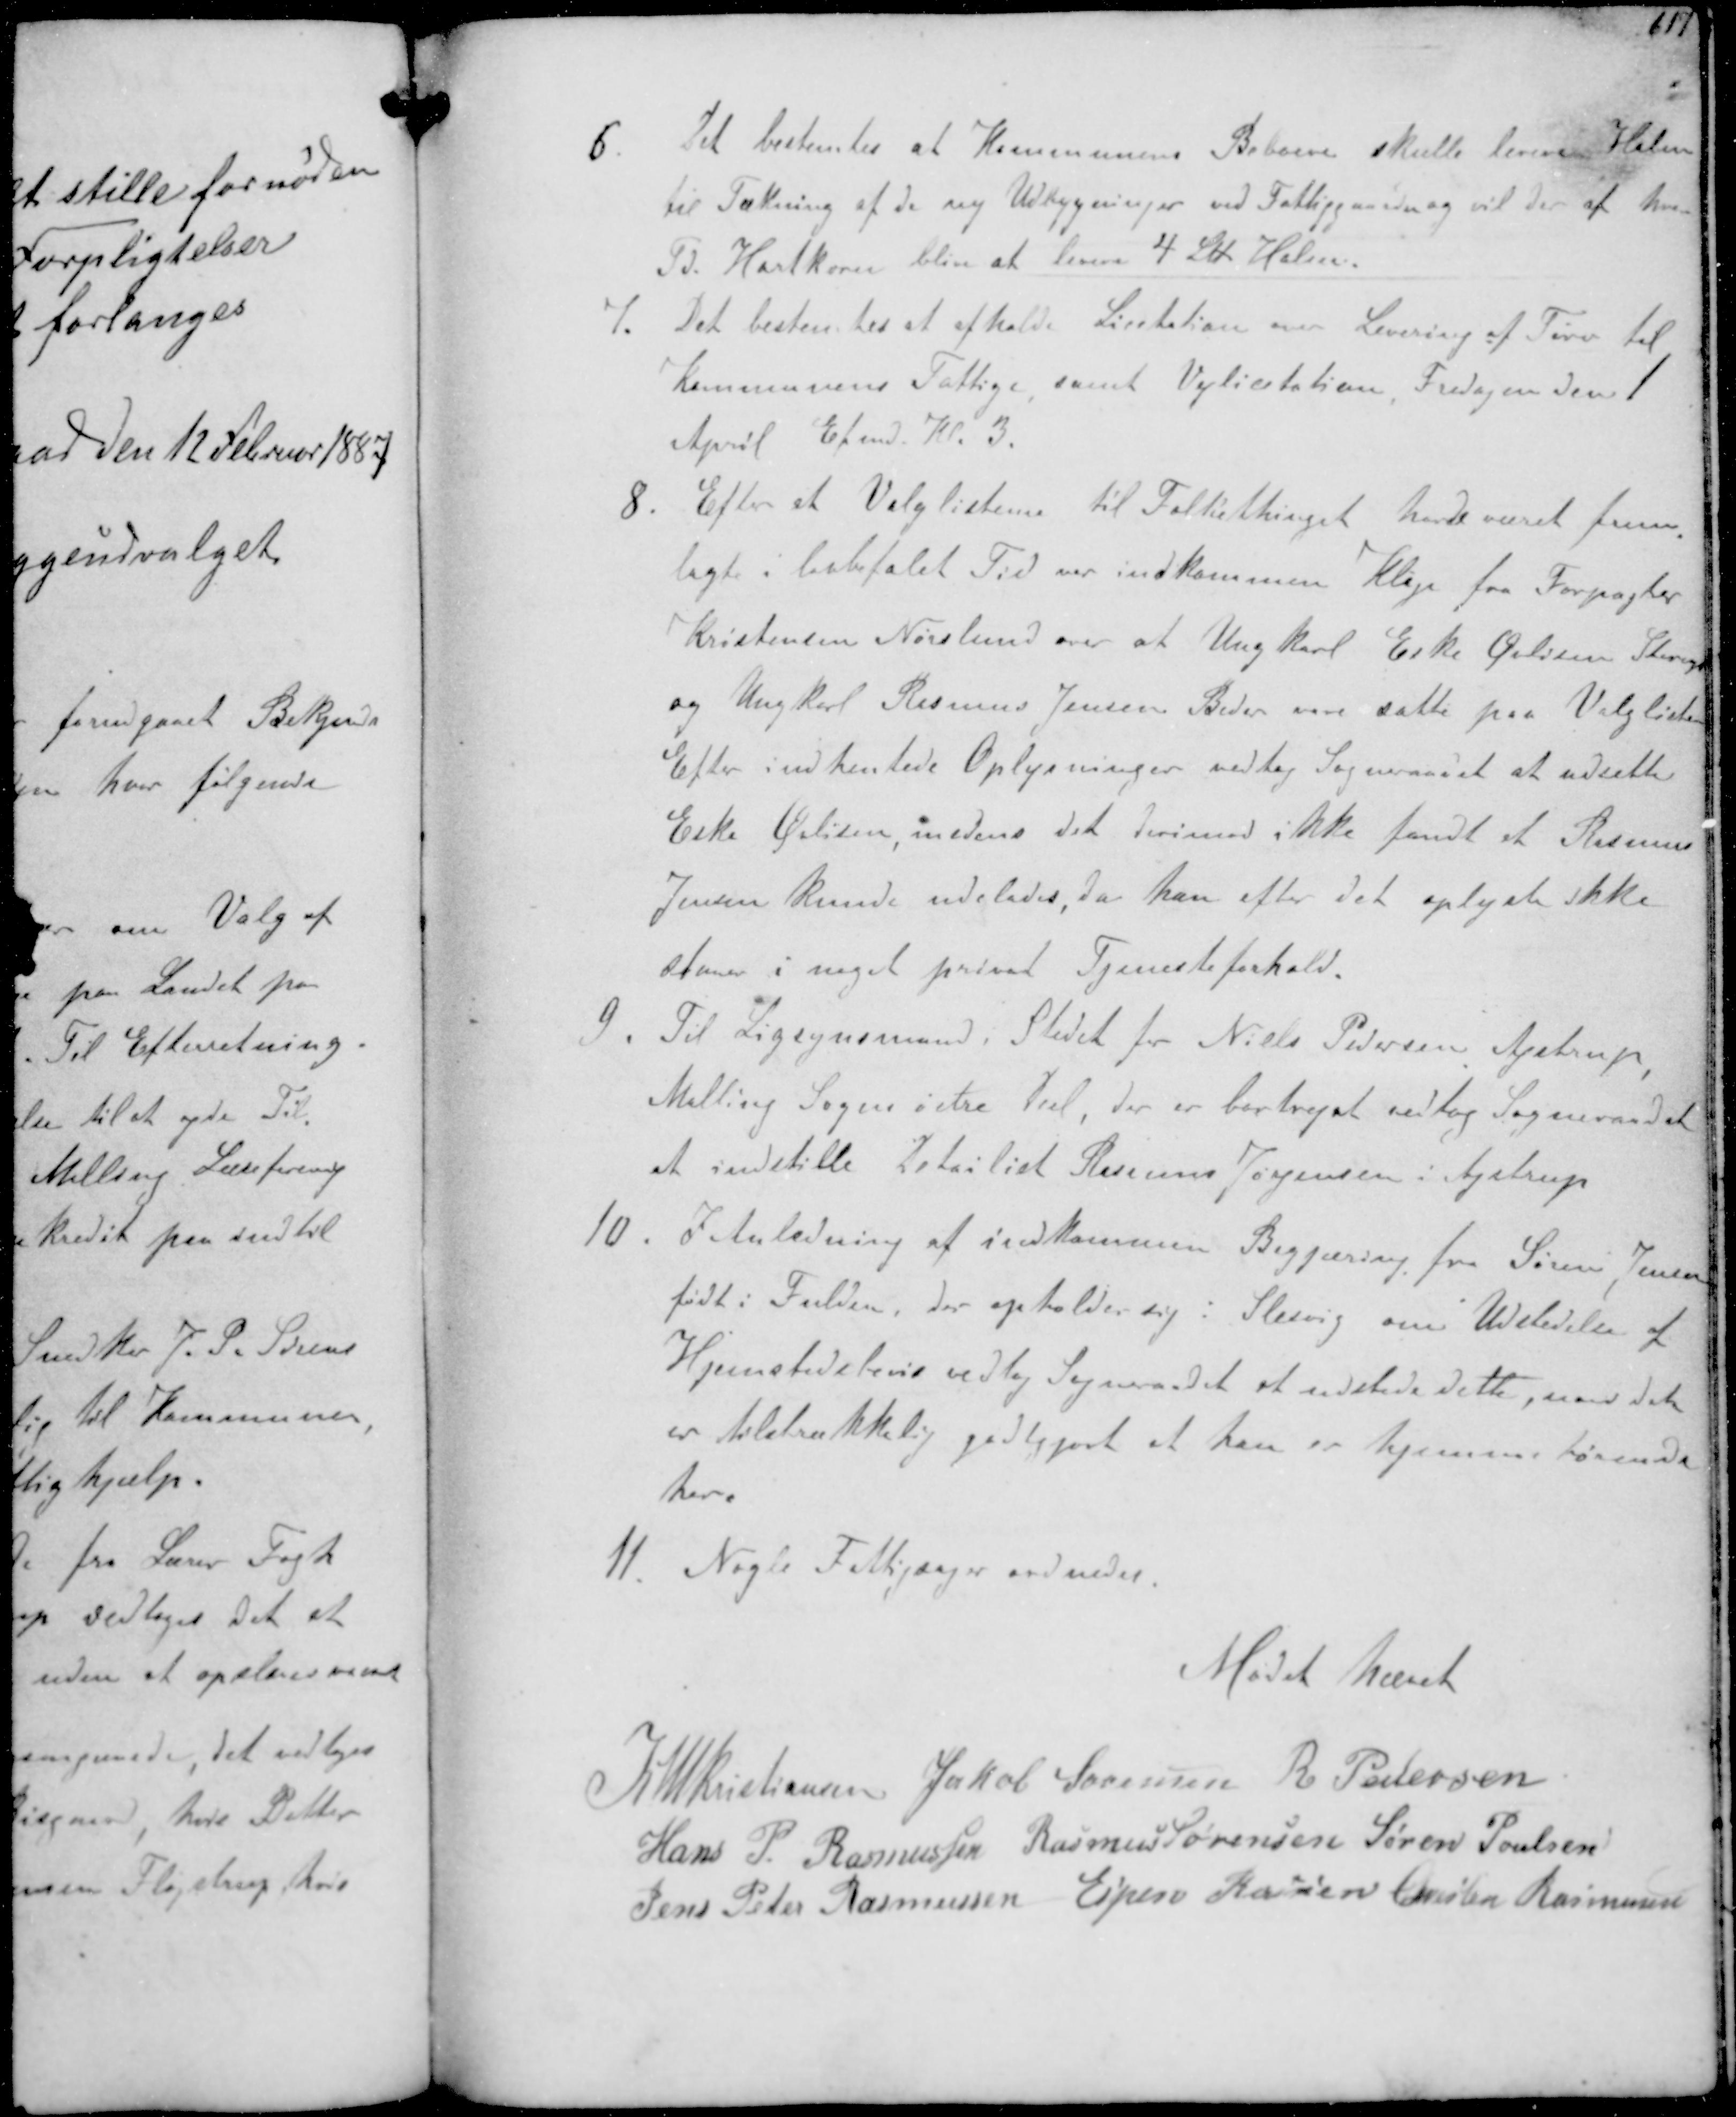
Transskription:
6 Det bestemtes at Kommunens Beboere skulle leverer Halm
til Tækning af de ny Udbygninger ved Fattiggaarden og vil der af hver
Td. Hartkorn blive at levere 4 LU Halm.
7. Det bestemtes at afholde Licitation over Levering af Tørv til
Kommunens Fattige samt Vejlicitation Fredagen den1
April Efmd. Kl. 3.
8 Efter at Valglisterne til Folkethinget havde været frem-
lagt i lovbefalet Tid var indkommen Klage fra Forpagter
Kristensen Nørlund over at Ungkarl Eske Øvlisen Starup
og Ungkarl Rasmus Jensen Beder vare satte paa Valglisten
Efter indhentede Oplysninger vedtog Sogneraadet at udsætte
Eske Øvlisen medens det derimod ikke fandt at Rasmus
Jensen kunde udelades da kan efter det oplyste ikke
staaer i noget privat Tjenesteforhold.
9 Til Ligsynsmand i Stedet for Niels Pedersen Ajstrup
Malling Sogn østre Del, der er bortrejst vedtog Sogneraadet
at indstille Detailist Rasmus Jørgensen i A,strup
10. I Anledning af indkommen Begjæring fra Søren Jensen
født i Fulden, der opholder sig i Slesvig om Udstedelse af
Hjemstedsbevis vedtog Sogneraadet at udstede dette, naar det
er tilstrækkelig godtgjort at han er hjemmehørende
her.
11 Nogle Fattigsager ordnedes.

Mødet hævet

K N M Kristiansen Jakob Sørensen R Pedersen
Hans P. Rasmussen Rasmus Sørensen Søren Poulsen
Jens Peter Rasmussen Espen Rasmussen Chresten Rasmussen